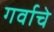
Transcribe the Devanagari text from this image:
गर्वाचे